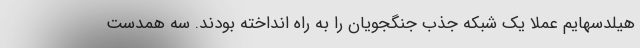
هیلدسهایم عملا یک شبکه جذب جنگجویان را به راه انداخته بودند. سه همدست